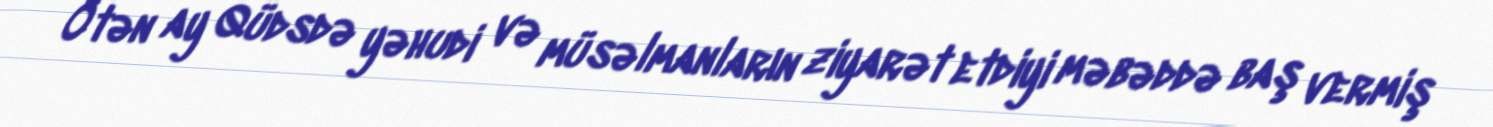
Ötən ay Qüdsdə yəhudi və müsəlmanların ziyarət etdiyi məbəddə baş vermiş